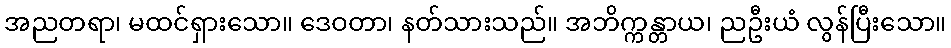
အညတရာ၊ မထင်ရှားသော။ ဒေဝတာ၊ နတ်သားသည်။ အဘိက္ကန္တာယ၊ ညဦးယံ လွန်ပြီးသော။